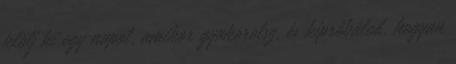
jelölj ki egy napot, amikor gyakorolsz, és kipróbálod, hogyan